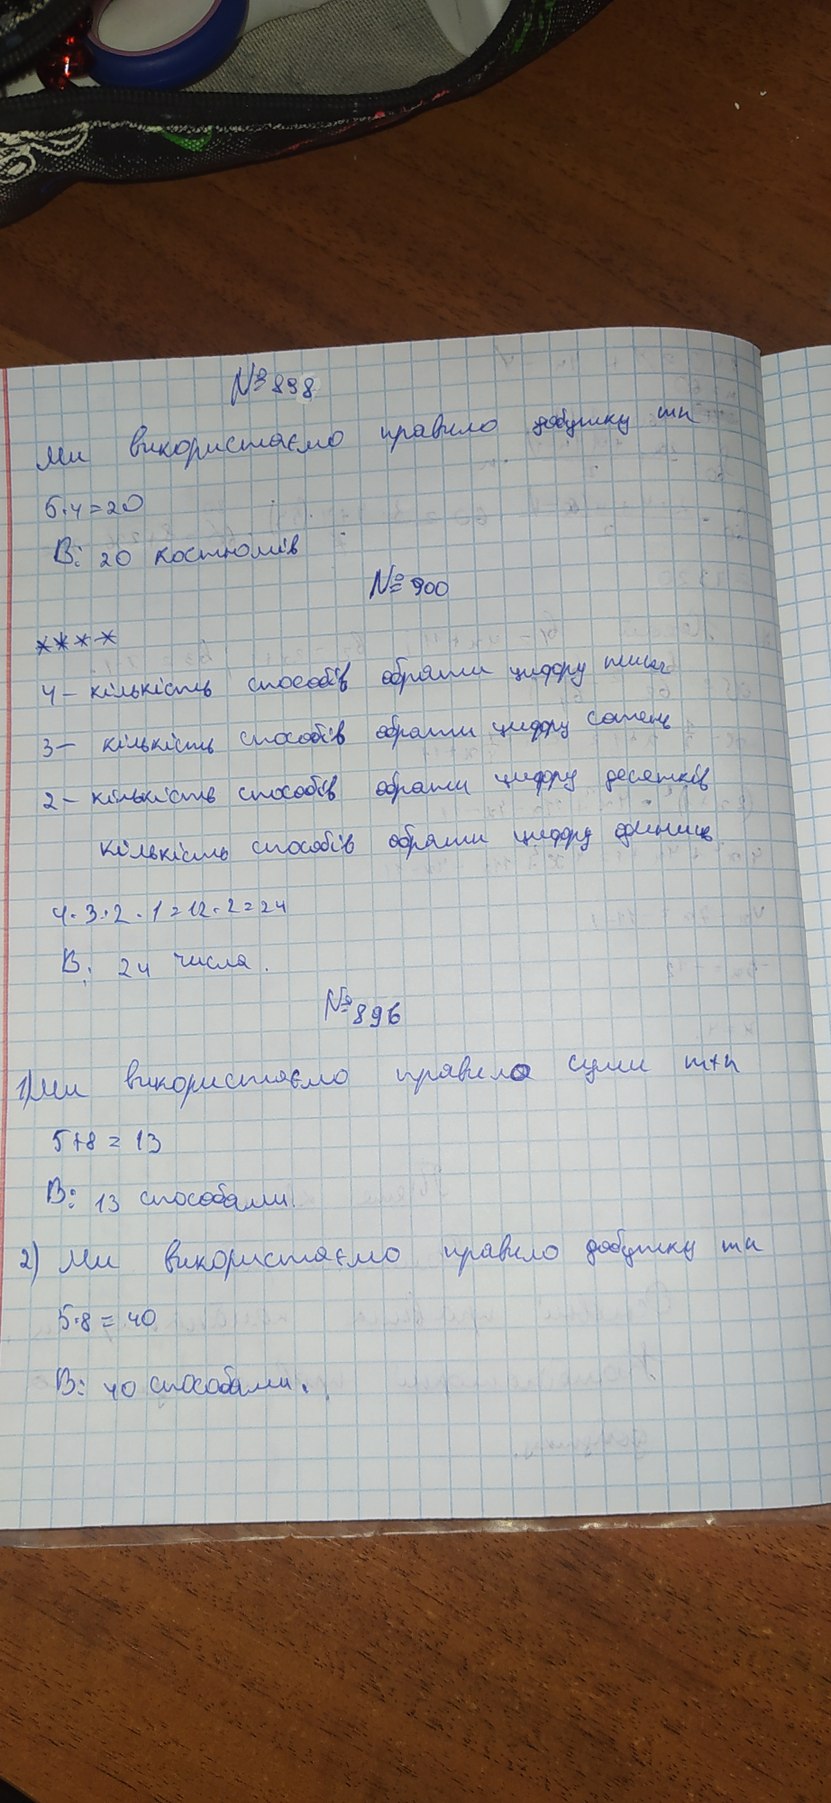
№ 898
Ми використаємо правило добутку мн
5*4=20
В: 20 костюмів
№900
***
4- кількість способів обрати цифру тисяч
3- кількість способів обрати цифру сотень
2 - кількість способів обрати цифру десятків
кількість способів обрати цифру одиниць
4*3*2*1=12*2=24
В: 24 числа.
№896
1) Ми використаємо правило суми m+n
5=8=13
В: 13 способами
2) Ми використаємо правило добутку mn
5*8=40
В: 40 способами.